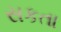
સકતા